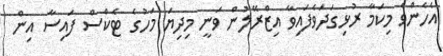
އެހެންވެ މިކަމާ ރުޅިގަދަވެފައިވާ އިޒްރޭލުން ވަނީ މިދިޔަ މަހުގެ ޓެކްސް ފައިސާ އިން